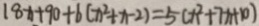
1 8 x + 9 0 + 6 ( x ^ { 2 } + x - 2 ) = 5 ( x ^ { 2 } + 7 x + 1 0 )